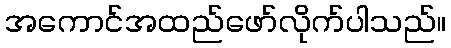
အကောင်အထည်ဖော်လိုက်ပါသည်။